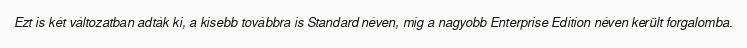
Ezt is két változatban adták ki, a kisebb továbbra is Standard néven, míg a nagyobb Enterprise Edition néven került forgalomba.